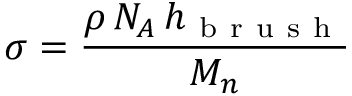
\sigma = \frac { \rho \, N _ { A } \, h _ { \mathrm { ~ b ~ r ~ u ~ s ~ h ~ } } } { M _ { n } }